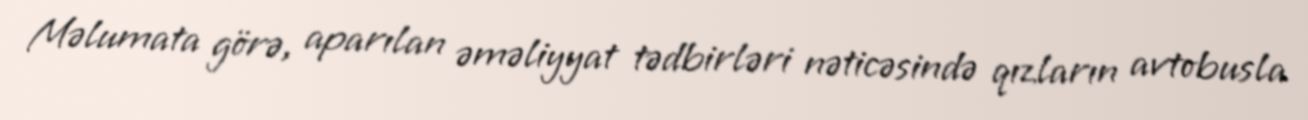
Məlumata görə, aparılan əməliyyat tədbirləri nəticəsində qızların avtobusla